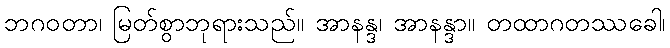
ဘဂဝတာ၊ မြတ်စွာဘုရားသည်။ အာနန္ဒ၊ အာနန္ဒာ။ တထာဂတဿခေါ၊